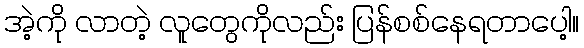
အဲ့ကို လာတဲ့ လူတွေကိုလည်း ပြန်စစ်နေရတာပေါ့။